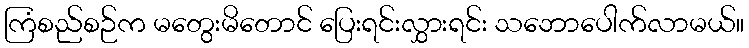
ကြံစည်စဉ်က မတွေးမိတောင် ပြေးရင်းလွှားရင်း သဘောပေါက်လာမယ်။